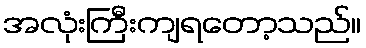
အလုံးကြီးကျရတော့သည်။